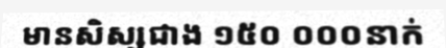
មានសិស្សជាង ១៥០ ០០០នាក់